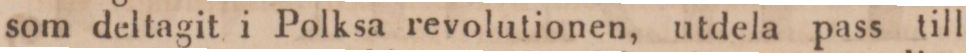
som deltagit i Polksa revolutionen, utdela pass till